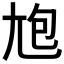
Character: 𡯡